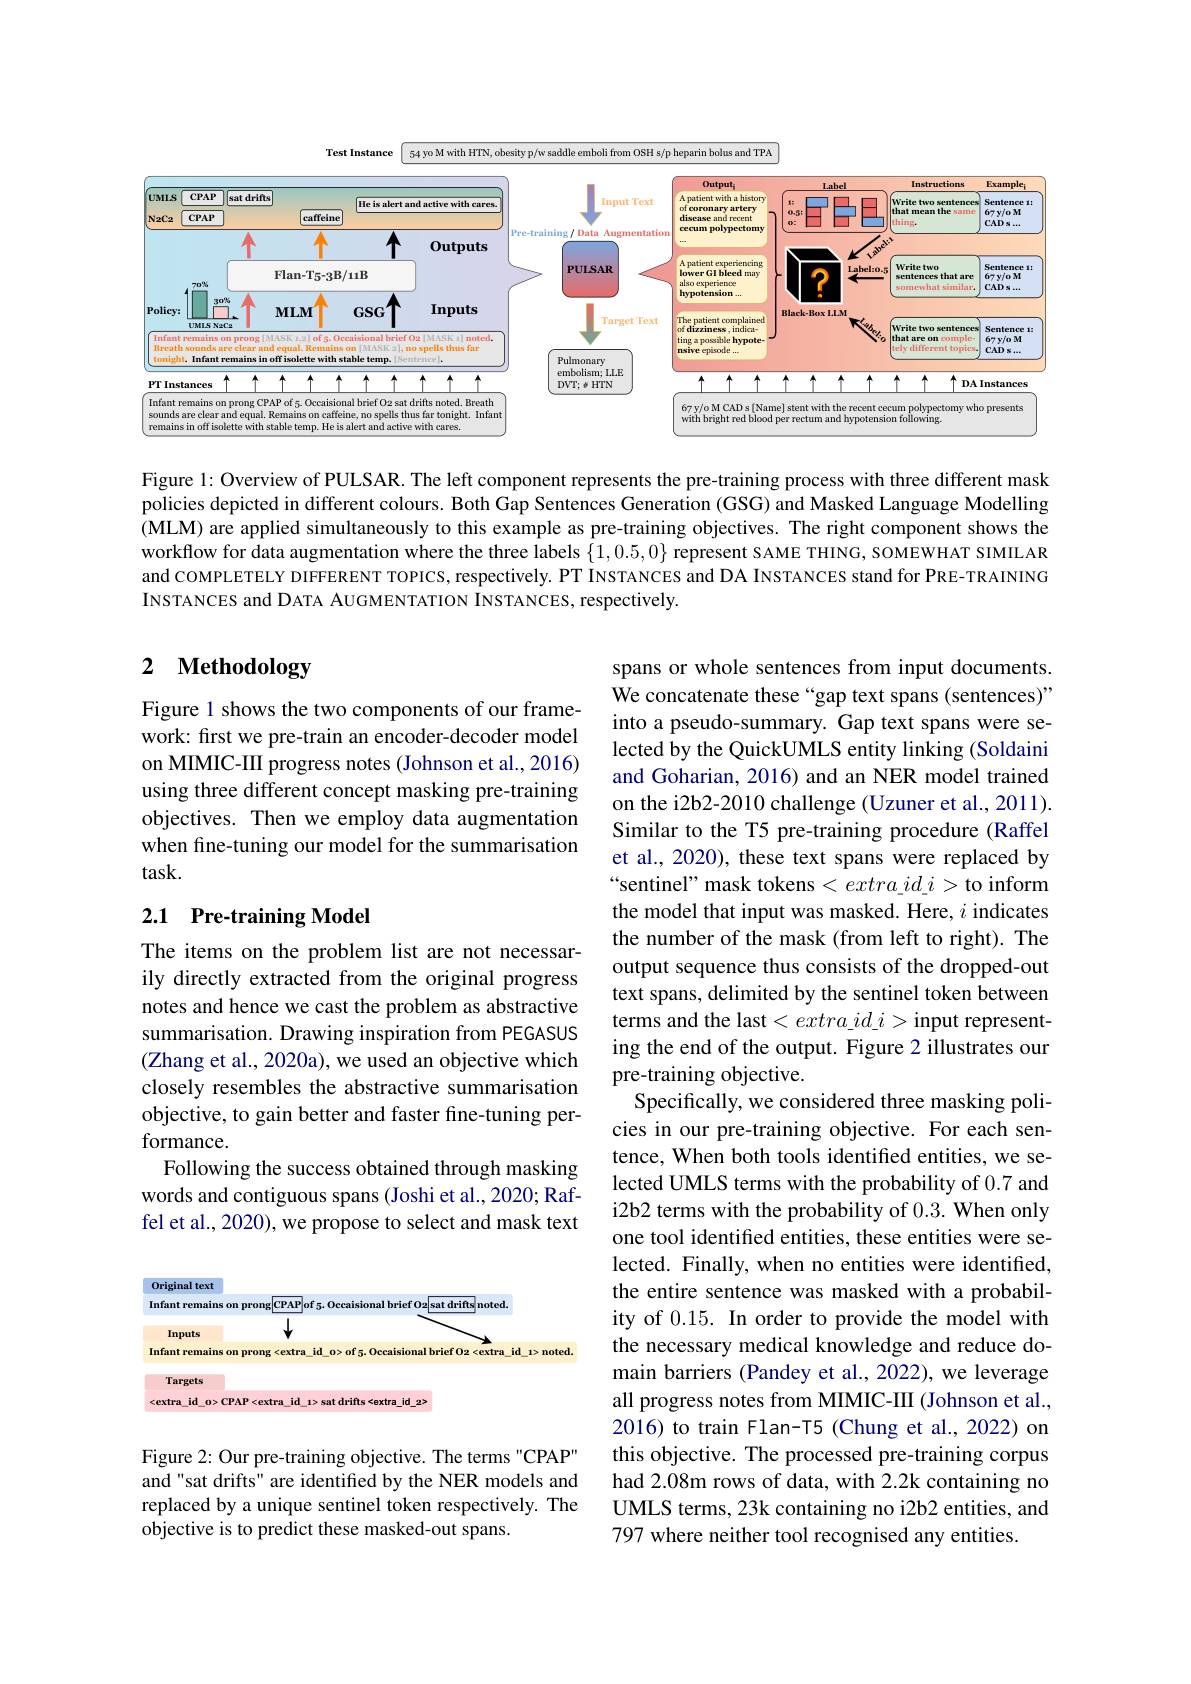
<FigureHere>

Figure 1: Overview of PULSAR. The left component represents the pre-training process with three different mask policies depicted in different colours. Both Gap Sentences Generation (GSG) and Masked Language Modelling (MLM) are applied simultaneously to this example as pre-training objectives. The right component shows the workflow for data augmentation where the three labels $\{1,0.5,0\}$ represent SAME THING, SOMEWHAT SIMILAR and COMPLETELY DIFFERENT TOPICS, respectively. PT INSTANCES and DA INSTANCES stand for PRE- TRAINING INSTANCES and DATA AUGMENTATION INSTANCES, respectively.

# 2 Methodology

Figure 1 shows the two components of our framework: first we pre-train an encoder-decoder model on MIMIC-III progress notes (Johnson et al.,2016) using three different concept masking pre-training objectives. Then we employ data augmentation when fine-tuning our model for the summarisation task.

## 2.1 Pre-training Model

The items on the problem list are not necessarily directly extracted from the original progress notes and hence we cast the problem as abstractive summarisation. Drawing inspiration from PEGASUS (Zhang et al., 2020a), we used an objective which closely resembles the abstractive summarisation objective, to gain better and faster fine-tuning performance.
Following the success obtained through masking words and contiguous spans (Joshi et al., 2020; Raffel et al., 2020), we propose to select and mask text

spans or whole sentences from input documents. We concatenate these “gap text spans (sentences)” into a pseudo-summary. Gap text spans were selected by the QuickUMLS entity linking (Soldaini and Goharian, 2016) and an NER model trained on the i2b2-2010 challenge (Uzuner et al., 2011). Similar to the T5 pre-training procedure (Raffel et al., 2020), these text spans were replaced by $“$sentinel" mask tokens$<extra\_id\_i>$to inform the model that input was masked. Here, $i$ indicates the number of the mask (from left to right). The output sequence thus consists of the dropped-out text spans, delimited by the sentinel token between terms and the last$<extra\_id\_i>$input representing the end of the output. Figure 2 illustrates our pre-training objective.
Specifically, we considered three masking policies in our pre-training objective. For each sentence, When both tools identified entities, we selected UMLS terms with the probability of 0.7 and i2b2 terms with the probability of 0.3. When only one tool identified entities, these entities were selected. Finally, when no entities were identified, the entire sentence was masked with a probability of 0.15. In order to provide the model with the necessary medical knowledge and reduce domain barriers (Pandey et al.,2022), we leverage all progress notes from MIMIC-III (Johnson et al., 2016) to train Flan-T5 (Chung et al., 2022) on this objective. The processed pre-training corpus had 2.08m rows of data, with 2.2k containing no UMLS terms, 23k containing no i2b2 entities, and 797 where neither tool recognised any entities.

<FigureHere>

Figure 2: Our pre-training objective. The terms"CPAP" and "sat drifts" are identiffed by the NER models and replaced by a unique sentinel token respectively. The objective is to predict these masked-out spans.